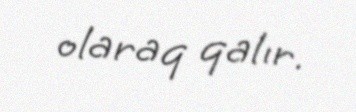
olaraq qalır.